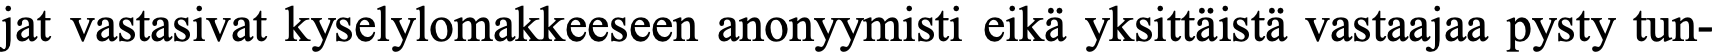
jat vastasivat kyselylomakkeeseen anonyymisti eikä yksittäistä vastaajaa pysty tun-